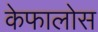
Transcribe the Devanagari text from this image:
केफालोस